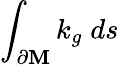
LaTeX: \int_{\partial\mathbf{M}}k_{g}\; ds